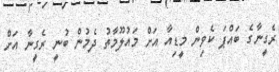
ރެގީނާގެ ބައްޕަ ކެވިން މީޑިއާ އަށް މައުލޫމާތު ދެމުން ބުނީ ރެގީނާ އަށް